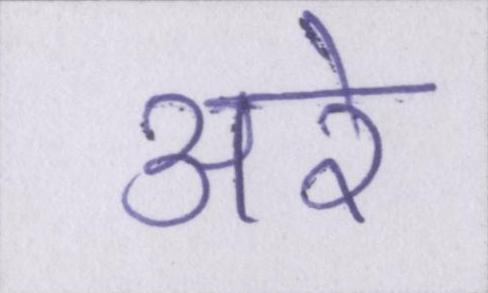
अरे